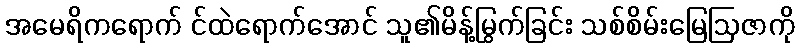
အမေရိကရောက် င်ထဲရောက်အောင် သူ၏မိန့်မြွက်ခြင်း သစ်စိမ်းမြေဩဇာကို